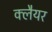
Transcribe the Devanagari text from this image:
क्लैयर